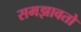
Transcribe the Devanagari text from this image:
समझावतो